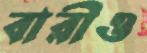
বারীও